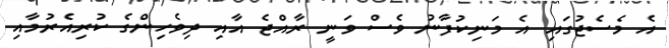
އެ މެސެޖުގައި އެ މަނިކުފާނު ވެސް ވަނީ ރާއްޖެ އާއި ދިވެހިންގެ ކުރިއެރުމާއި